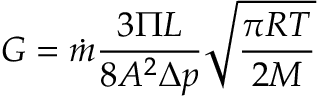
G = \dot { m } \frac { 3 \Pi L } { 8 A ^ { 2 } \Delta p } \sqrt { \frac { \pi R T } { 2 M } }